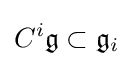
C^{i}{\mathfrak {g}}\subset {\mathfrak {g}}_{i}